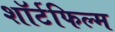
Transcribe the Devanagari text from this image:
शॉर्टफिल्म